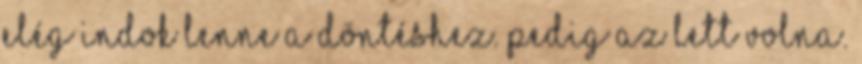
elég indok lenne a döntéshez. Pedig az lett volna.